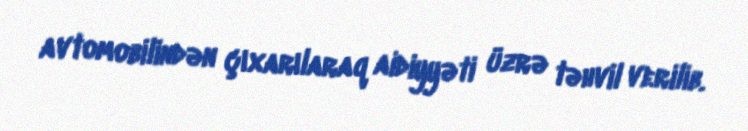
avtomobilindən çıxarılaraq aidiyyəti üzrə təhvil verilib.